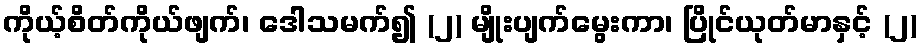
ကိုယ့်စိတ်ကိုယ်ဖျက်၊ ဒေါသမက်၍ (၂) မျိုးပျက်မွေးကာ၊ ပြိုင်ယုတ်မာနှင့် (၂)